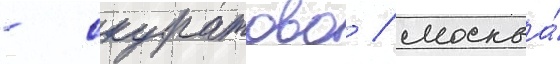
- скуратово / москва́